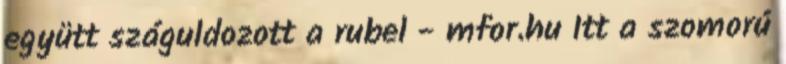
együtt száguldozott a rubel - mfor.hu Itt a szomorú